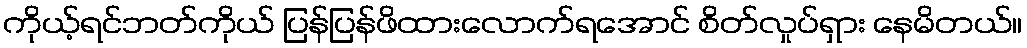
ကိုယ့်ရင်ဘတ်ကိုယ် ပြန်ပြန်ဖိထားလောက်ရအောင် စိတ်လှုပ်ရှား နေမိတယ်။